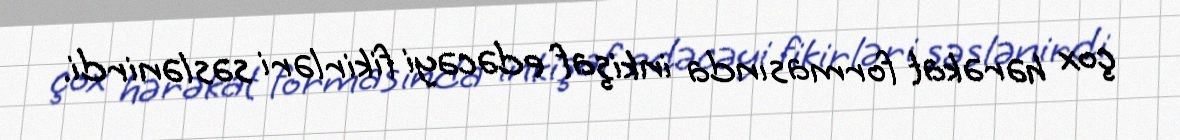
çox hərəkat formasında inkişaf edəcəyi fikirləri səslənirdi.